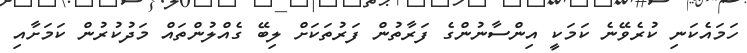
ހަމައެކަނި ކުރެވޭނެ ކަމަކީ އިންސާނުންގެ ފަރާތުން ފަރުތަކަށް ލިބޭ ގެއްލުންތައް މަދުކުރުން ކަމަށާއި